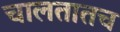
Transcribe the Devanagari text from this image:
चालतातच